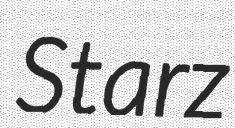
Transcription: Starz